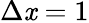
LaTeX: \Delta\mathit{x}=1